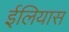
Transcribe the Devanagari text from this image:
ईलियास